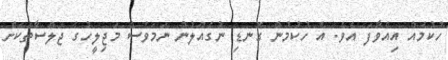
ހުކުމެއް އިއްވާފަ އެވެ. އެ ހުކުމުން ގޮނޑި ނުގެއްލުނު ނަމަވެސް މަޖިލީހުގެ ޖަލްސާތަކަށް